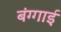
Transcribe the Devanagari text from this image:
बंग्गाई